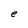
Character: e